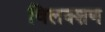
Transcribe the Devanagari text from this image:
विलक्शण